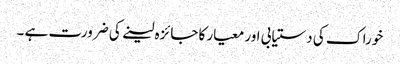
خوراک کی دستیابی اور معیار کا جائزہ لینے کی ضرورت ہے ۔